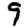
Digit: 9